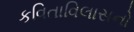
કવિતાવિલાસનો